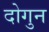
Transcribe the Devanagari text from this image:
दोगुन